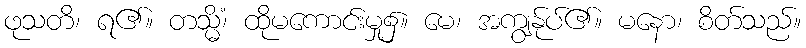
ဖုသတိ၊ ရ၏။ တသ္မိံ၊ ထိုမကောင်းမှု၌။ မေ၊ အကျွန်ုပ်၏။ မနော၊ စိတ်သည်။